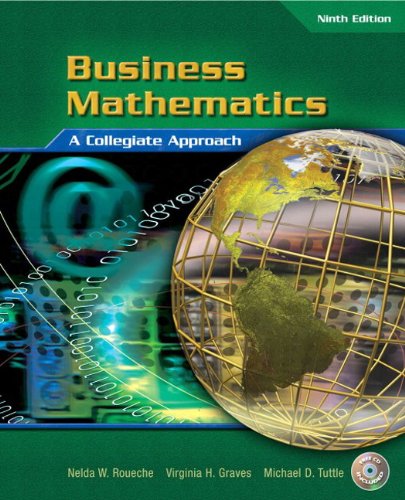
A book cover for Business Mathematics (9th Edition); Nelda R. Roueche; Business & Money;